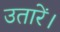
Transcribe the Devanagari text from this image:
उतारें।